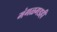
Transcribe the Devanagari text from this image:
मंगळगडही